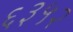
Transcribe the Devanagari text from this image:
६३५२